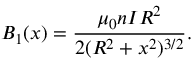
B _ { 1 } ( x ) = { \frac { \mu _ { 0 } n I R ^ { 2 } } { 2 ( R ^ { 2 } + x ^ { 2 } ) ^ { 3 / 2 } } } .